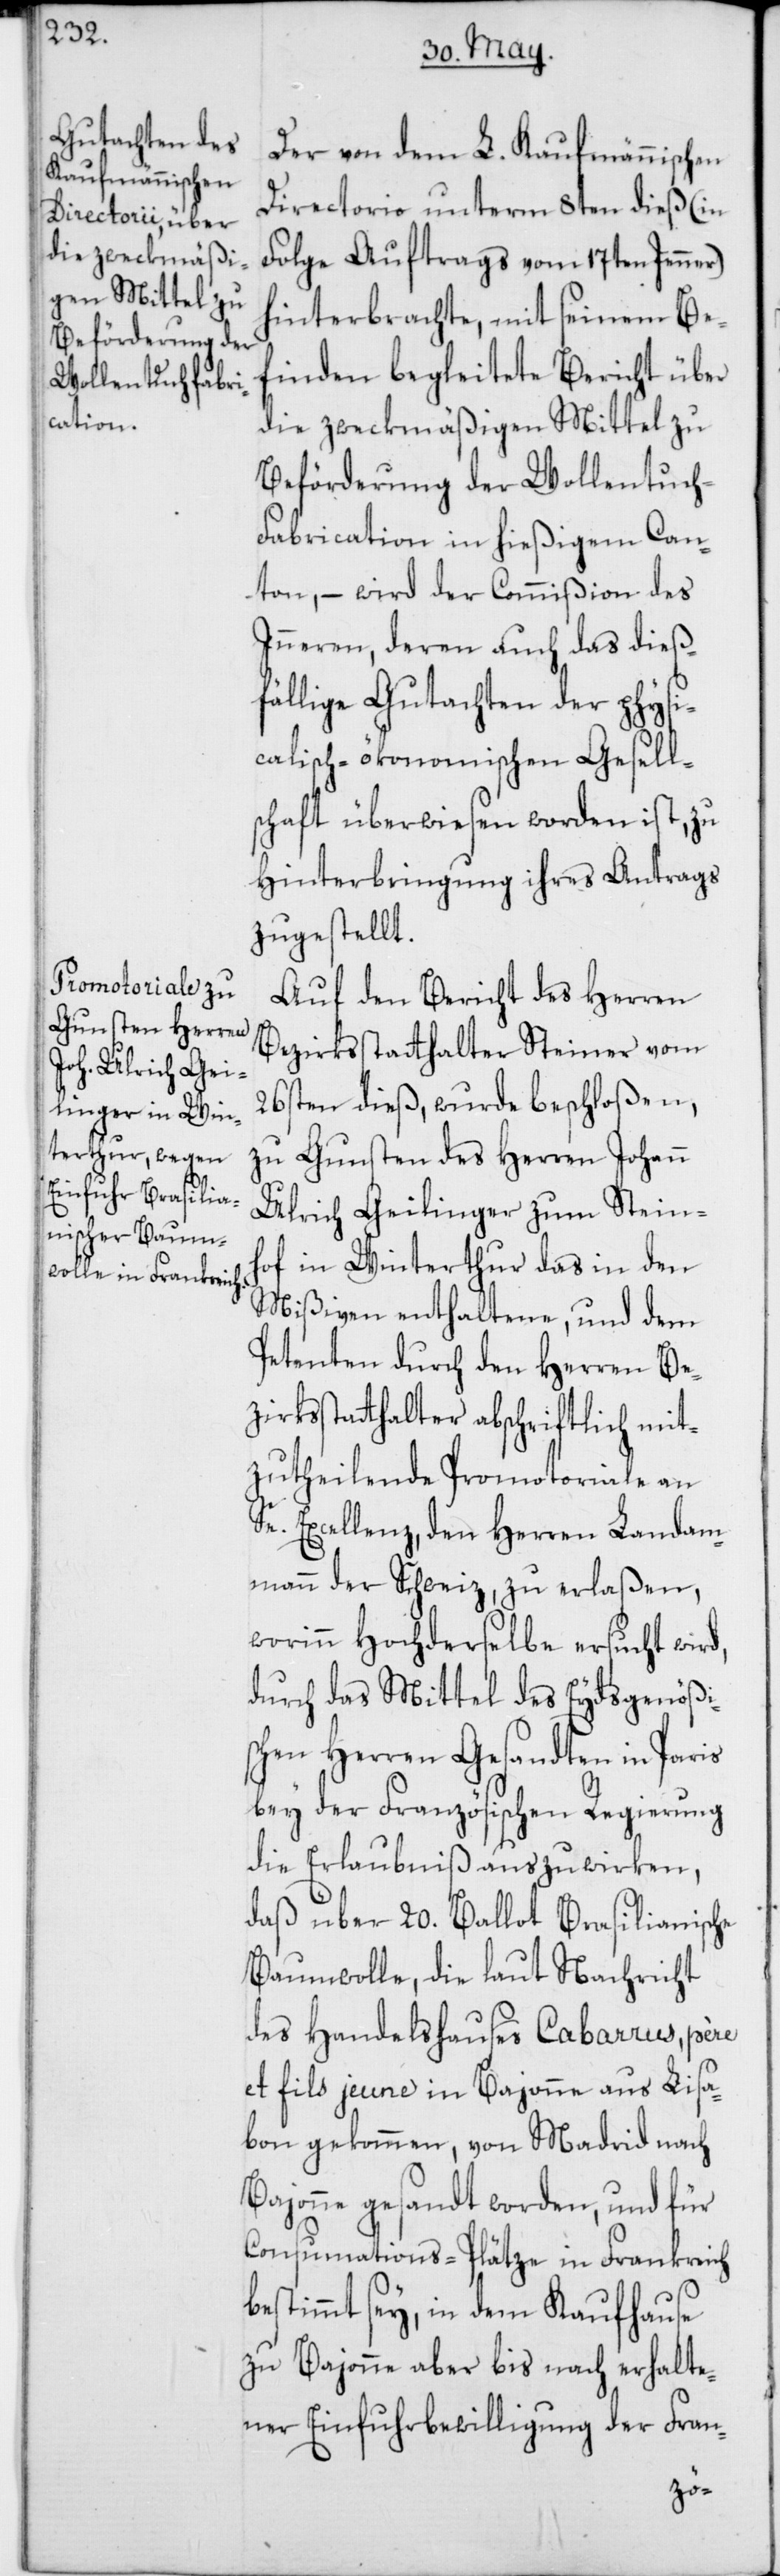
Der von dem L. Kaufmännischen
Directorio unterm 8ten dieß (in
Folge Auftrags vom 17ten Jenner)
hinterbrachte, mit seinem Be¬
finden begleitete Bericht über
die zweckmäßigen Mittel zu
Beförderung der Wollentuc¬
h-Fabrikation in hießigem Can¬
ton, – wird der Commißion des
Inneren, deren auch das dieß¬
fällige Gutachten der physi¬
calisch-ökonomischen Gesell¬
schaft überwiesen worden ist, zu
Hinterbringung ihres Antrags
zugestellt.
Auf den Bericht des Herren
Bezirksstatthalters Steiner vom
26sten dieß, wurde beschloßen,
zu Gunsten des Herren Johann
Ulrich Geilinger zum Stein¬
hof in Winterthur, das in den
Mißiven enthaltene und dem
Petenten durch den Herren Be¬
zirksstatthalter abschriftlich mit¬
zutheilende Promotoriale an
Se. Excellenz, den Herren Landam¬
mann der Schweiz, zu erlaßen,
worinn Hochderselbe ersucht wird,
durch das Mittel des Eydsgenößi¬
schen Herren Gesandten in Paris
bey der Französischen Regierung
die Erlaubnis auszuwirken,
daß über 20. Ballot Brasilianische
Baumwolle, die laut Nachricht
des Handelshauses Cabarrus père
et fils jeune in Bajonne aus Lisa¬
bon gekommen, von Madrid nach
Bajonne gesandt worden, und für
Consumations-Plätze in Frankreich
bestimmt sey, in dem Kaufhause
zu Bajonne aber bis nach erhalte¬
ner Einfuhrbewilligung der Fran-